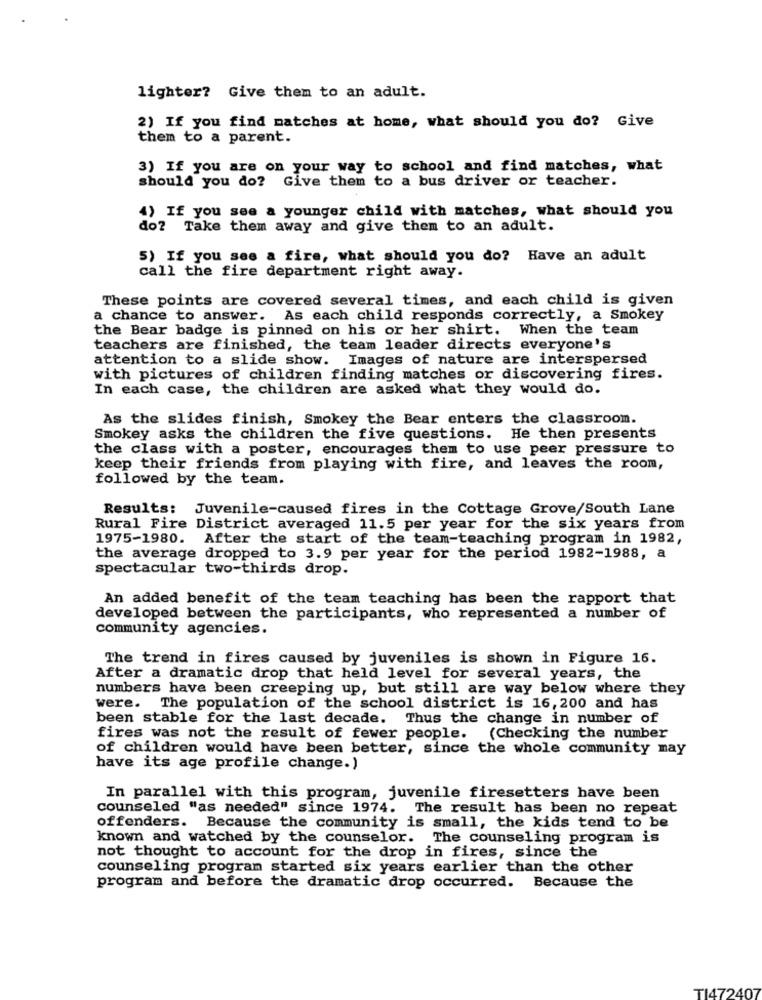
lighter? Give them to an adult.
2) If you find matches at home, what should you do? Give
them to a parent.
3) If you are on your way to school and find matches, what
should you do? Give them to a bus driver or teacher.
4) If you see a younger child with matches, what should you
do? Take them away and give them to an adult.
5) If you see a fire, what should you do? Have an adult
call the fire department right away.
These points are covered several times, and each child is given
a chance to answer. As each child responds correctly, a Smokey
the Bear badge is pinned on his or her shirt. When the team
teachers are finished, the team leader directs everyone's
attention to a slide show. Images of nature are interspersed
with pictures of children finding matches or discovering fires.
In each case, the children are asked what they would do.
As the slides finish, Smokey the Bear enters the classroom.
Smokey asks the children the five questions. He then presents
the class with a poster, encourages them to use peer pressure to
keep their friends from playing with fire, and leaves the room,
followed by the team.
Results: Juvenile-caused fires in the Cottage Grove/South Lane
Rural Fire District averaged 11.5 per year for the six years from
1975-1980. After the start of the team-teaching program in 1982,
the average dropped to 3.9 per year for the period 1982-1988, a
spectacular two-thirds drop.
An added benefit of the team teaching has been the rapport that
developed between the participants, who represented a number of
community agencies.
The trend in fires caused by juveniles is shown in Figure 16.
After a dramatic drop that held level for several years, the
numbers have been creeping up, but still are way below where they
were. The population of the school district is 16, 200 and has
been stable for the last decade. Thus the change in number of
fires was not the result of fewer people. (Checking the number
of children would have been better, since the whole community may
have its age profile change.)
In parallel with this program, juvenile firesetters have been
counseled "as needed" since 1974. The result has been no repeat
offenders. Because the community is small, the kids tend to be
known and watched by the counselor. The counseling program is
not thought to account for the drop in fires, since the
counseling program started six years earlier than the other
program and before the dramatic drop occurred. Because the
TI472407